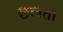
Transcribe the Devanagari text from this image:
छलता